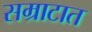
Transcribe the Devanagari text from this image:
सम्राटात